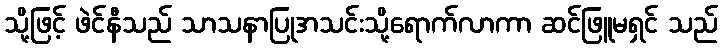
သို့ဖြင့် ဖဲင်နီသည် သာသနာပြုအသင်းသို့ရောက်လာကာ ဆင်ဖြူမရှင် သည်